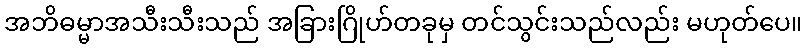
အဘိဓမ္မာအသီးသီးသည် အခြားဂြိုဟ်တခုမှ တင်သွင်းသည်လည်း မဟုတ်ပေ။